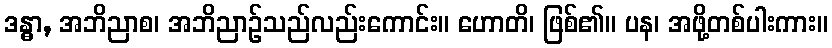
ဒန္ဓာ, အဘိညာစ၊ အဘိညာဉ်သည်လည်းကောင်း။ ဟောတိ၊ ဖြစ်၏။ ပန၊ အဖို့တစ်ပါးကား။